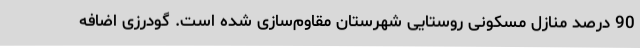
90 درصد منازل مسکونی روستایی شهرستان مقاوم‌سازی شده است. گودرزی اضافه